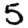
Digit: 5